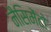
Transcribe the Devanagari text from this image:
नैसिमेंटो